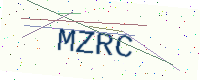
Text: MZRC